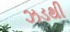
ઝડથી